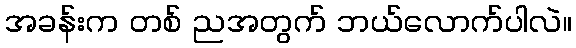
အခန်းက တစ် ညအတွက် ဘယ်လောက်ပါလဲ။